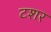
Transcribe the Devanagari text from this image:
टशर